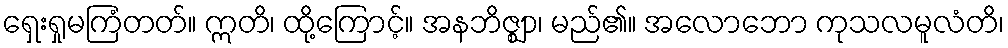
ရှေးရှုမကြံတတ်။ ဣတိ၊ ထို့ကြောင့်။ အနဘိဇ္ဈာ၊ မည်၏။ အလောဘော ကုသလမူလံတိ၊